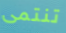
تنتمى